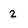
Character: 2